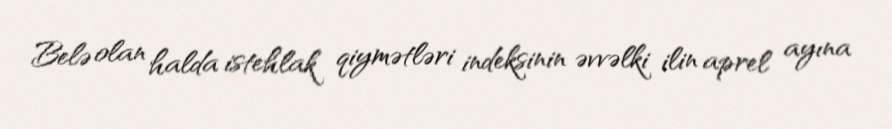
Belə olan halda istehlak qiymətləri indeksinin əvvəlki ilin aprel ayına